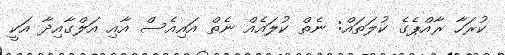
ކުރަހާ ރާއްޕެގެ ކުލަތައް: ނެތް ކުލައެއް ނެތް އައިއެސް އާއި އަލްގާއިދާ އަކީ